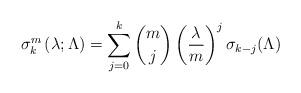
LaTeX: \begin{align*} \sigma_k^m\left(\lambda;\Lambda\right) = \sum_{j=0}^k\binom{m}{j}\left(\frac{\lambda}{m}\right)^j\sigma_{k-j}(\Lambda) \end{align*}